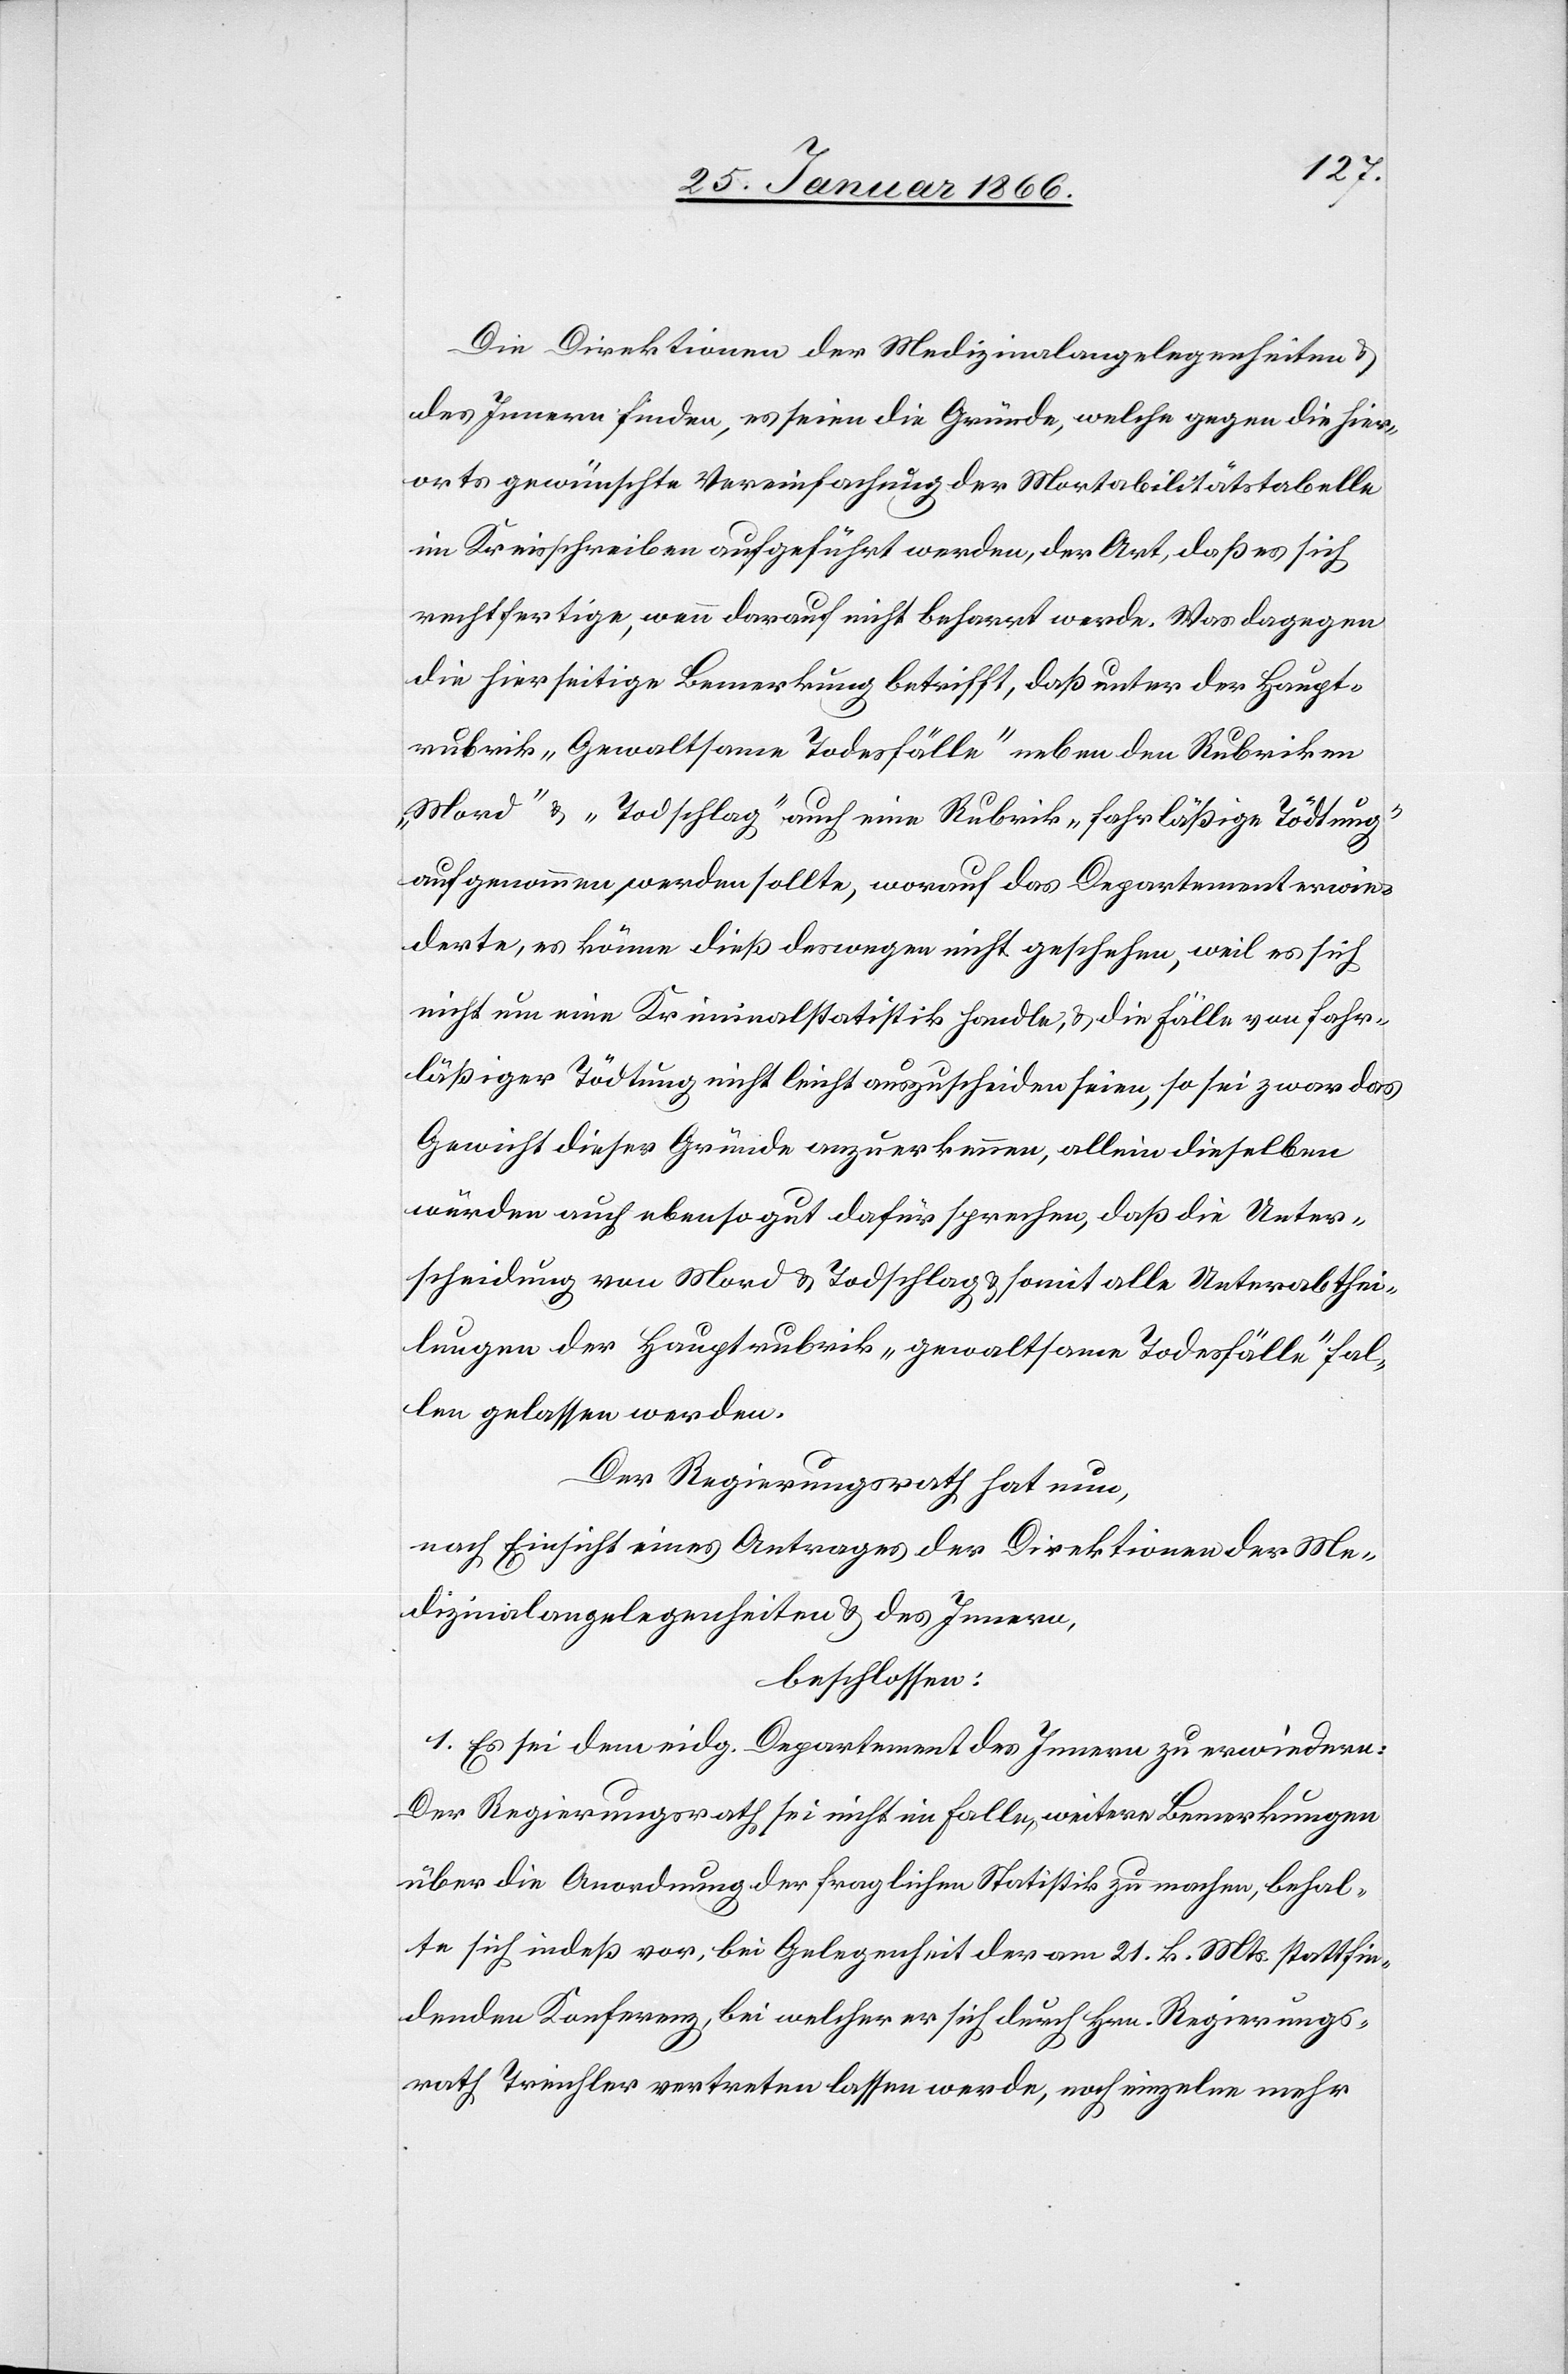
Die Direktionen der Medizinalangelegenheiten u.
des Innern finden, es seien die Gründe, welche gegen die hier¬
orts gewünschte Vereinfachung der Mortabilitätstabelle
im Kreisschreiben aufgeführt werden, der Art, daß es sich
rechtfertige, wenn darauf nicht beharrt werde. Was dagegen
die hierseitige Bemerkung betrifft, daß unter der Haupt¬
rubrik „Gewaltlose Todesfälle“ neben den Rubriken
„Mord“ u. „Todschlag“ auch eine Rubrik „fahrläßige Tödtung“
aufgenommen werden sollte, worauf das Departement erwie¬
derte, es könne dieß deswegen nicht geschehen, weil es sich
nicht um eine Kriminalstatistik handle, u. die Fälle von fahr¬
läßiger Tödtung nicht leicht auszuscheiden seien, so sei zwar das
Gewicht dieser Gründe anzuerkennen, allein dieselben
würden auch ebenso gut dafür sprechen, daß die Unter¬
scheidung von Mord u. Todschlag u. somit alle Unterabthei¬
lungen der Hauptrubrik „gewaltsame Todesfälle“ fal¬
len gelassen werden.
Der Regierungsrath hat nun,
nach Einsicht eines Antrages der Direktionen der Me¬
dizinalangelegenheiten u. des Innern,
beschlossen:
1. Es sei dem eidg. Departement des Innern zu erwiedern:
Der Regierungsrath sei nicht im Falle, weitere Bemerkungen
über die Anordnung der fraglichen Statistik zu machen, behal¬
te sich indeß vor, bei Gelegenheit der am 21. k. Mts. stattfin¬
denden Konferenz, bei welcher er sich durch Hrn. Regierungs¬
rath Treichler vertreten lassen werde, noch einzelne mehr